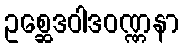
ဥစ္ဆေဒဝါဒဝဏ္ဏနာ